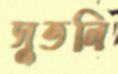
সুতলি